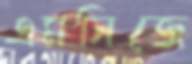
এমসিজে